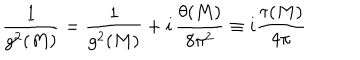
{ \frac { 1 } { g ^ { 2 } ( M ) } } = { \frac { 1 } { g ^ { 2 } ( M ) } } + i \, { \frac { \theta ( M ) } { 8 \pi ^ { 2 } } } \equiv i { \frac { \tau ( M ) } { 4 \pi } }